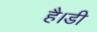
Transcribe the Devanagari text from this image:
है।डी